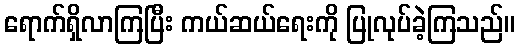
ရောက်ရှိလာကြပြီး ကယ်ဆယ်ရေးကို ပြုလုပ်ခဲ့ကြသည်။